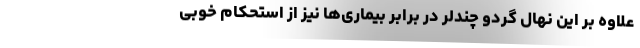
علاوه بر این نهال گردو چندلر در برابر بیماری‌­ها نیز از استحکام خوبی